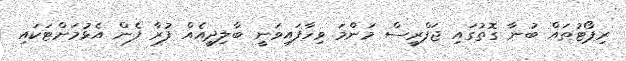
ރިޕޯޓުތައް ބުނާ ގޮތުގައި ޖަފްރީސް މަންމަ ވިހާފައިވަނީ ބާލިދީއެއް ފުރާ ފެން އެޅުމަށްޓަކައި